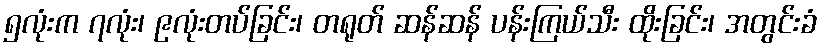
၅လုံးက ၇လုံး၊ ၉လုံးတပ်ခြင်း၊ တရုတ် ဆန်ဆန် ပန်းကြယ်သီး ထိုးခြင်း၊ အတွင်းခံ